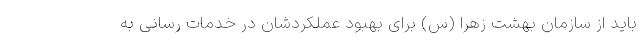
باید از سازمان بهشت زهرا (س) برای بهبود عملکردشان در خدمات رسانی به